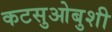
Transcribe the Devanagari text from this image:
कटसुओबुशी